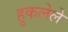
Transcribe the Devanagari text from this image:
हुकलेले